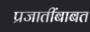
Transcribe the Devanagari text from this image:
प्रजातींबाबत